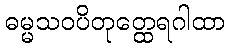
ဓမ္မသဝပိတုတ္ထေရဂါထာ